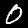
Digit: 0